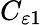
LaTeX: C_{\varepsilon 1}